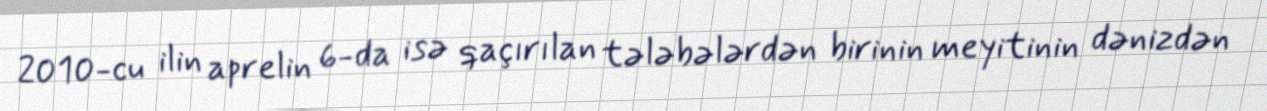
2010-cu ilin aprelin 6-da isə qaçırılan tələbələrdən birinin meyitinin dənizdən